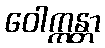
ဝေါက္ကန္တာ